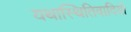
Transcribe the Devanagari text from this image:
यथास्थितिवादियों